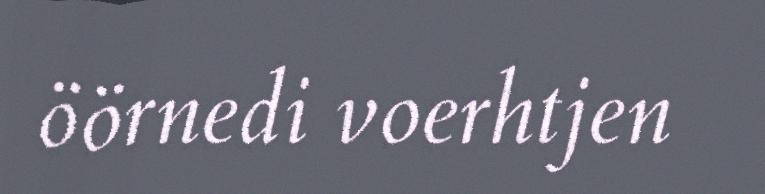
öörnedi voerhtjen